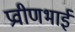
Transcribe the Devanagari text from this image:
प्रवीणभाई